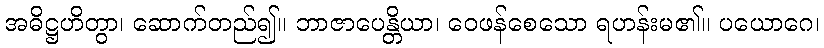
အဓိဋ္ဌဟိတွာ၊ ဆောက်တည်၍။ ဘာဇာပေန္တိယာ၊ ဝေဖန်စေသော ရဟန်းမ၏။ ပယောဂေ၊